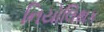
નિયોલિથક